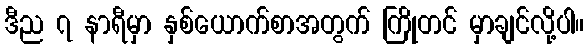
ဒီည ၇ နာရီမှာ နှစ်ယောက်စာအတွက် ကြိုတင် မှာချင်လို့ပါ။